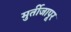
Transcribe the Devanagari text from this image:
मुर्तीजापूर